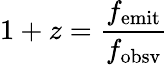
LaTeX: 1+z={\frac{f_{\mathrm{emit}}}{f_{\mathrm{obsv}}}}